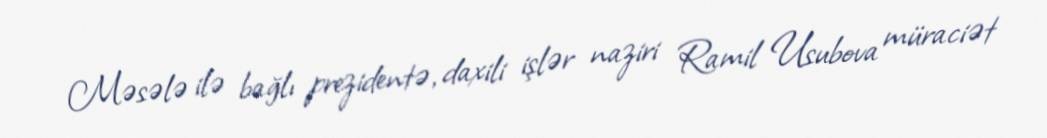
Məsələ ilə bağlı prezidentə, daxili işlər naziri Ramil Usubova müraciət